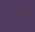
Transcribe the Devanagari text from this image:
दासीपुत्री